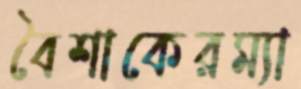
বৈশাকেরম্যা